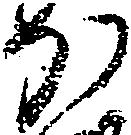
か